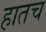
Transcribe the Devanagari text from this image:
हातच